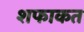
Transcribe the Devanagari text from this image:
शफाकत